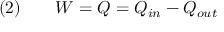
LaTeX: { \mathrm { ( 2 ) } } \qquad W = Q = Q _ { i n } - Q _ { o u t }